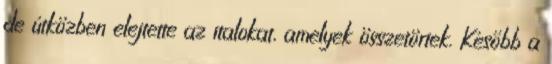
de útközben elejtette az italokat, amelyek összetörtek. Később a